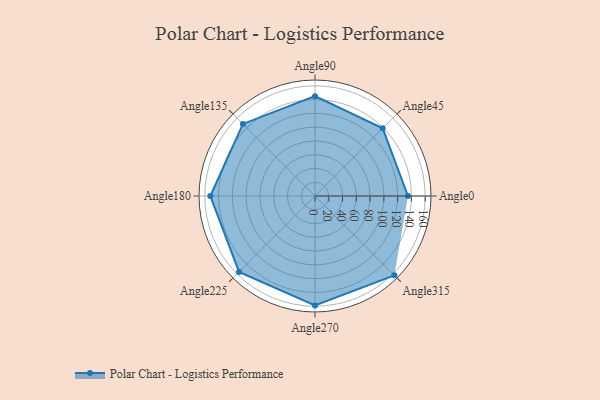
{"axis": {"x": "Angle", "y": "Radius"}, "legend": [""], "data": [{"x": "Angle0", "y": 135.0, "type": ""}, {"x": "Angle45", "y": 139.0, "type": ""}, {"x": "Angle90", "y": 145.0, "type": ""}, {"x": "Angle135", "y": 148.0, "type": ""}, {"x": "Angle180", "y": 152.0, "type": ""}, {"x": "Angle225", "y": 156.0, "type": ""}, {"x": "Angle270", "y": 159.0, "type": ""}, {"x": "Angle315", "y": 163.0, "type": ""}]}